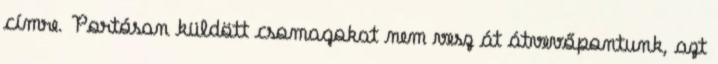
címre. Portósan küldött csomagokat nem vesz át átvevőpontunk, azt